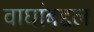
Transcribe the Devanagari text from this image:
वाघांबद्दल